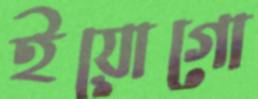
ইয়োগো